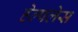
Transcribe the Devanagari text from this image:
हेल्पलेस